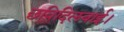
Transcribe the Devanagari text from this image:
छविदिलवाई।